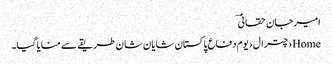
امیرجان حقانیؔ
Home›چترال›یوم دفاع پاکستان شایان شان طریقے سے منایا گیا۔